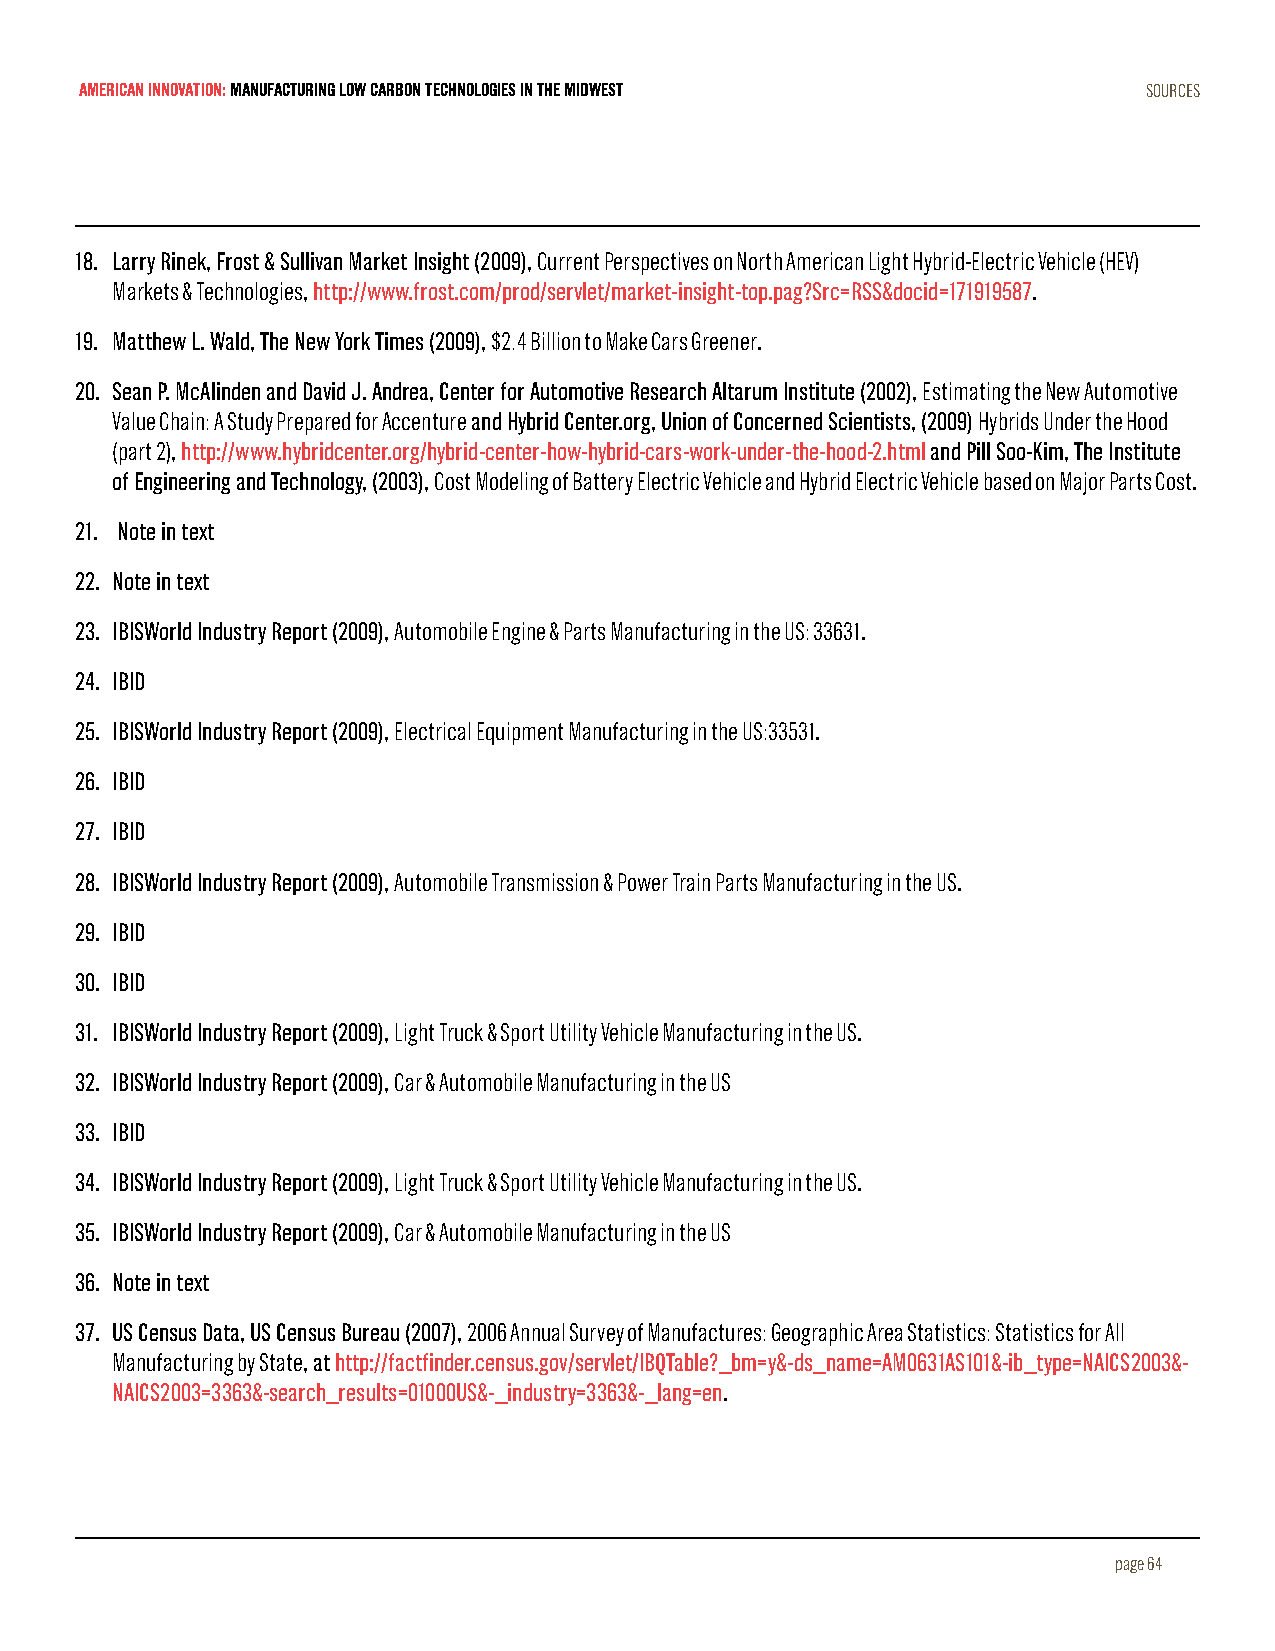
AMERICAN INNOVATION: MANUFACTURING LOW CARBON TECHNOLOGIES IN THE MIDWEST SOURCES
 18. Larry Rinek, Frost & Sullivan Market Insight (2009), Current Perspectives on North American Light Hybrid-Electric Vehicle (HEV)
 Markets & Technologies, http://www.frost.com/prod/servlet/market-insight-top.pag?Src=RSS&docid=171919587.
 19. Matthew L. Wald, The New York Times (2009), $2.4 Billion to Make Cars Greener.
 20. Sean P. McAlinden and David J. Andrea, Center for Automotive Research Altarum Institute (2002), Estimating the New Automotive
 Value Chain: A Study Prepared for Accenture and Hybrid Center.org, Union of Concerned Scientists, (2009) Hybrids Under the Hood
 (part 2), http://www.hybridcenter.org/hybrid-center-how-hybrid-cars-work-under-the-hood-2.html and Pill Soo-Kim, The Institute
 of Engineering and Technology, (2003), Cost Modeling of Battery Electric Vehicle and Hybrid Electric Vehicle based on Major Parts Cost.
 21. Note in text
 22. Note in text
 23. IBISWorld Industry Report (2009), Automobile Engine & Parts Manufacturing in the US: 33631.
 24. IBID
 25. IBISWorld Industry Report (2009), Electrical Equipment Manufacturing in the US:33531.
 26. IBID
 27. IBID
 28. IBISWorld Industry Report (2009), Automobile Transmission & Power Train Parts Manufacturing in the US.
 29. IBID
 30. IBID
 31. IBISWorld Industry Report (2009), Light Truck & Sport Utility Vehicle Manufacturing in the US.
 32. IBISWorld Industry Report (2009), Car & Automobile Manufacturing in the US
 33. IBID
 34. IBISWorld Industry Report (2009), Light Truck & Sport Utility Vehicle Manufacturing in the US.
 35. IBISWorld Industry Report (2009), Car & Automobile Manufacturing in the US
 36. Note in text
 37. US Census Data, US Census Bureau (2007), 2006 Annual Survey of Manufactures: Geographic Area Statistics: Statistics for All
 Manufacturing by State, at http://factfinder.census.gov/servlet/IBQTable?_bm=y&-ds_name=AM0631AS101&-ib_type=NAICS2003&-
 NAICS2003=3363&-search_results=01000US&-_industry=3363&-_lang=en.
 page 64